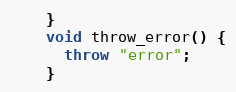
Language: C++
    }
    void throw_error() {
      throw "error";
    }